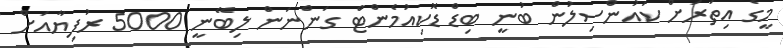
މީގެ އިތުރަށް ކައުންސިލުން ބުނީ ބިޑް ޑޮކިއުމެންޓް ގަންނަން ލިބޭނީ 5000 ރުފިޔާއަށް